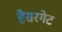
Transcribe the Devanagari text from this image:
हैसरगेट